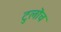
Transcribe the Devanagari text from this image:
टुलॊच